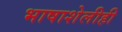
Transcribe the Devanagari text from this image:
भाषाशेलीही